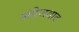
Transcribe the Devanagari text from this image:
अंग्रेजवाद